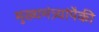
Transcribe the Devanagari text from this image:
मुख्यमंत्र्यांपैकी